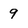
Character: 9